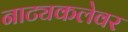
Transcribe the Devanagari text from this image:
नाट्यकलेवर